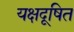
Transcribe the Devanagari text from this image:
यक्षदूषित